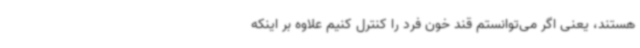
هستند، یعنی اگر می‌توانستم قند خون فرد را کنترل کنیم علاوه بر اینکه